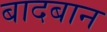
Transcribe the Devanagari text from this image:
बादबान